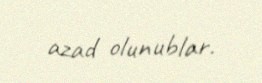
azad olunublar.